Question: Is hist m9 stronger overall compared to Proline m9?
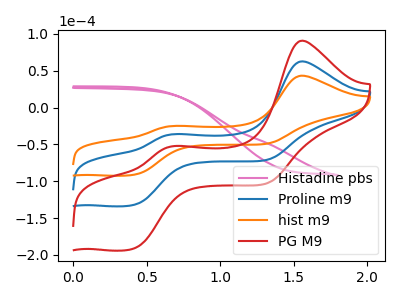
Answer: <think>The pink curve "Histadine pbs" has no peaks. The blue curve "Proline m9" has anodic peaks at (1.55V, 62.70uA) (0.70V, -36.15uA) and cathodic peaks at (0.40V, -131.95uA) (1.30V, -71.05uA). The orange curve "hist m9" has anodic peaks at (1.55V, 43.30uA) (0.70V, -24.95uA) and cathodic peaks at (0.40V, -91.10uA) (1.30V, -49.05uA). The red curve "PG M9" has anodic peaks at (1.55V, 125.40uA) (0.70V, -72.25uA) and cathodic peaks at (0.40V, -263.85uA) (1.30V, -142.10uA).
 All the peaks in "hist m9" have a peak in "Proline m9" at the same potential.</think>
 <answer>I cant tell if "hist m9" or "Proline m9" has more signal.</answer>
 <eval>mixed_signal</eval>